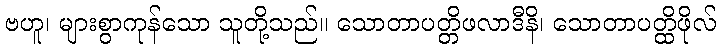
ဗဟူ၊ များစွာကုန်သော သူတို့သည်။ သောတာပတ္တိဖလာဒီနိ၊ သောတာပတ္ထိဖိုလ်